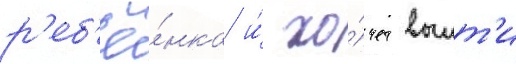
р'еб'ё́нка и́ хо́чет выит'и